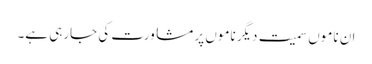
ان ناموں سمیت دیگر ناموں پر مشاورت کی جارہی ہے۔